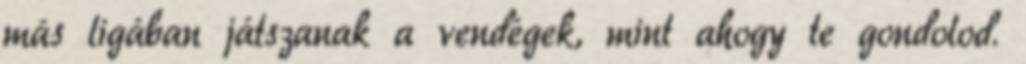
más ligában játszanak a vendégek, mint ahogy te gondolod.